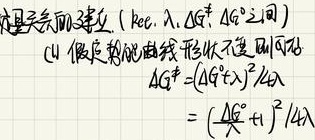
定量关系的建立（kce, $\lambda$, $\Delta G^{\neq}$, $\Delta G^{0}$之间）
(1) 假定势能曲线形状不变则有
\[
\begin{align*}
\Delta G^{\neq}&=(\Delta G^{0}+\lambda)^{2}/4\lambda\\
&=(\Delta G^{0}+1)^{2}/4\lambda
\end{align*}
\]